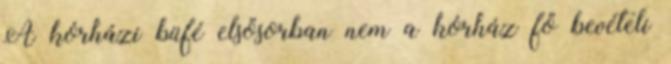
A kórházi büfé elsősorban nem a kórház fő bevételi